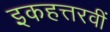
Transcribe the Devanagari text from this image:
इकहत्तरवीं